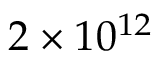
2 \times 1 0 ^ { 1 2 }